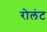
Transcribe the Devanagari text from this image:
रोलंट